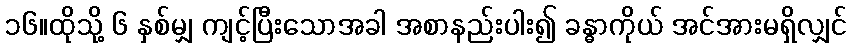
၁၆။ထိုသို့ ၆ နှစ်မျှ ကျင့်ပြီးသောအခါ အစာနည်းပါး၍ ခန္ဓာကိုယ် အင်အားမရှိလျှင်